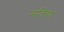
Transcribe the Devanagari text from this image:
मतिचा